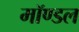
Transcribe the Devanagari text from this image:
मॉण्डल